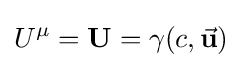
U^{\mu }=\mathbf {U} =\gamma (c,{\vec {\mathbf {u} }})